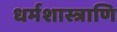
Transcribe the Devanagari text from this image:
धर्मशास्त्राणि